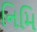
નિમિ